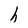
Character: h